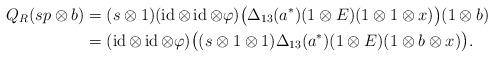
LaTeX: \begin{align*}Q_R(sp\otimes b)&=(s\otimes1)(\operatorname{id}\otimes\operatorname{id}\otimes\varphi)\bigl(\Delta_{13}(a^*)(1\otimes E)(1\otimes1\otimes x)\bigr)(1\otimes b) \\&=(\operatorname{id}\otimes\operatorname{id}\otimes\varphi)\bigl((s\otimes1\otimes1)\Delta_{13}(a^*)(1\otimes E)(1\otimes b\otimes x)\bigr).\end{align*}